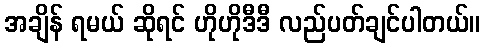
အချိန် ရမယ် ဆိုရင် ဟိုဟိုဒီဒီ လည်ပတ်ချင်ပါတယ်။